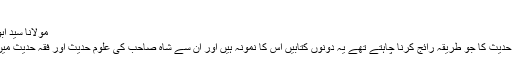
(۳)
مولانا سید ابو الحسن علی ندوی(1999ء) فرماتے ہیں کہ
’’ شاہ صاحب رحمہ اللہ فقہ حدیث اور درس حدیث کا جو طریقہ رائج کرنا چاہتے تھے یہ دونوں کتابیں اس کا نمونہ ہیں اور ان سے شاہ صاحب کی علوم حدیث اور فقہ حدیث میں محققانہ اور مجتہدانہ شان کا اظہار ہوتاہے۔